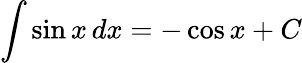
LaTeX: \int\sin{x}\, dx=-\cos{x}+C